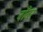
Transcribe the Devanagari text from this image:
बाँबर